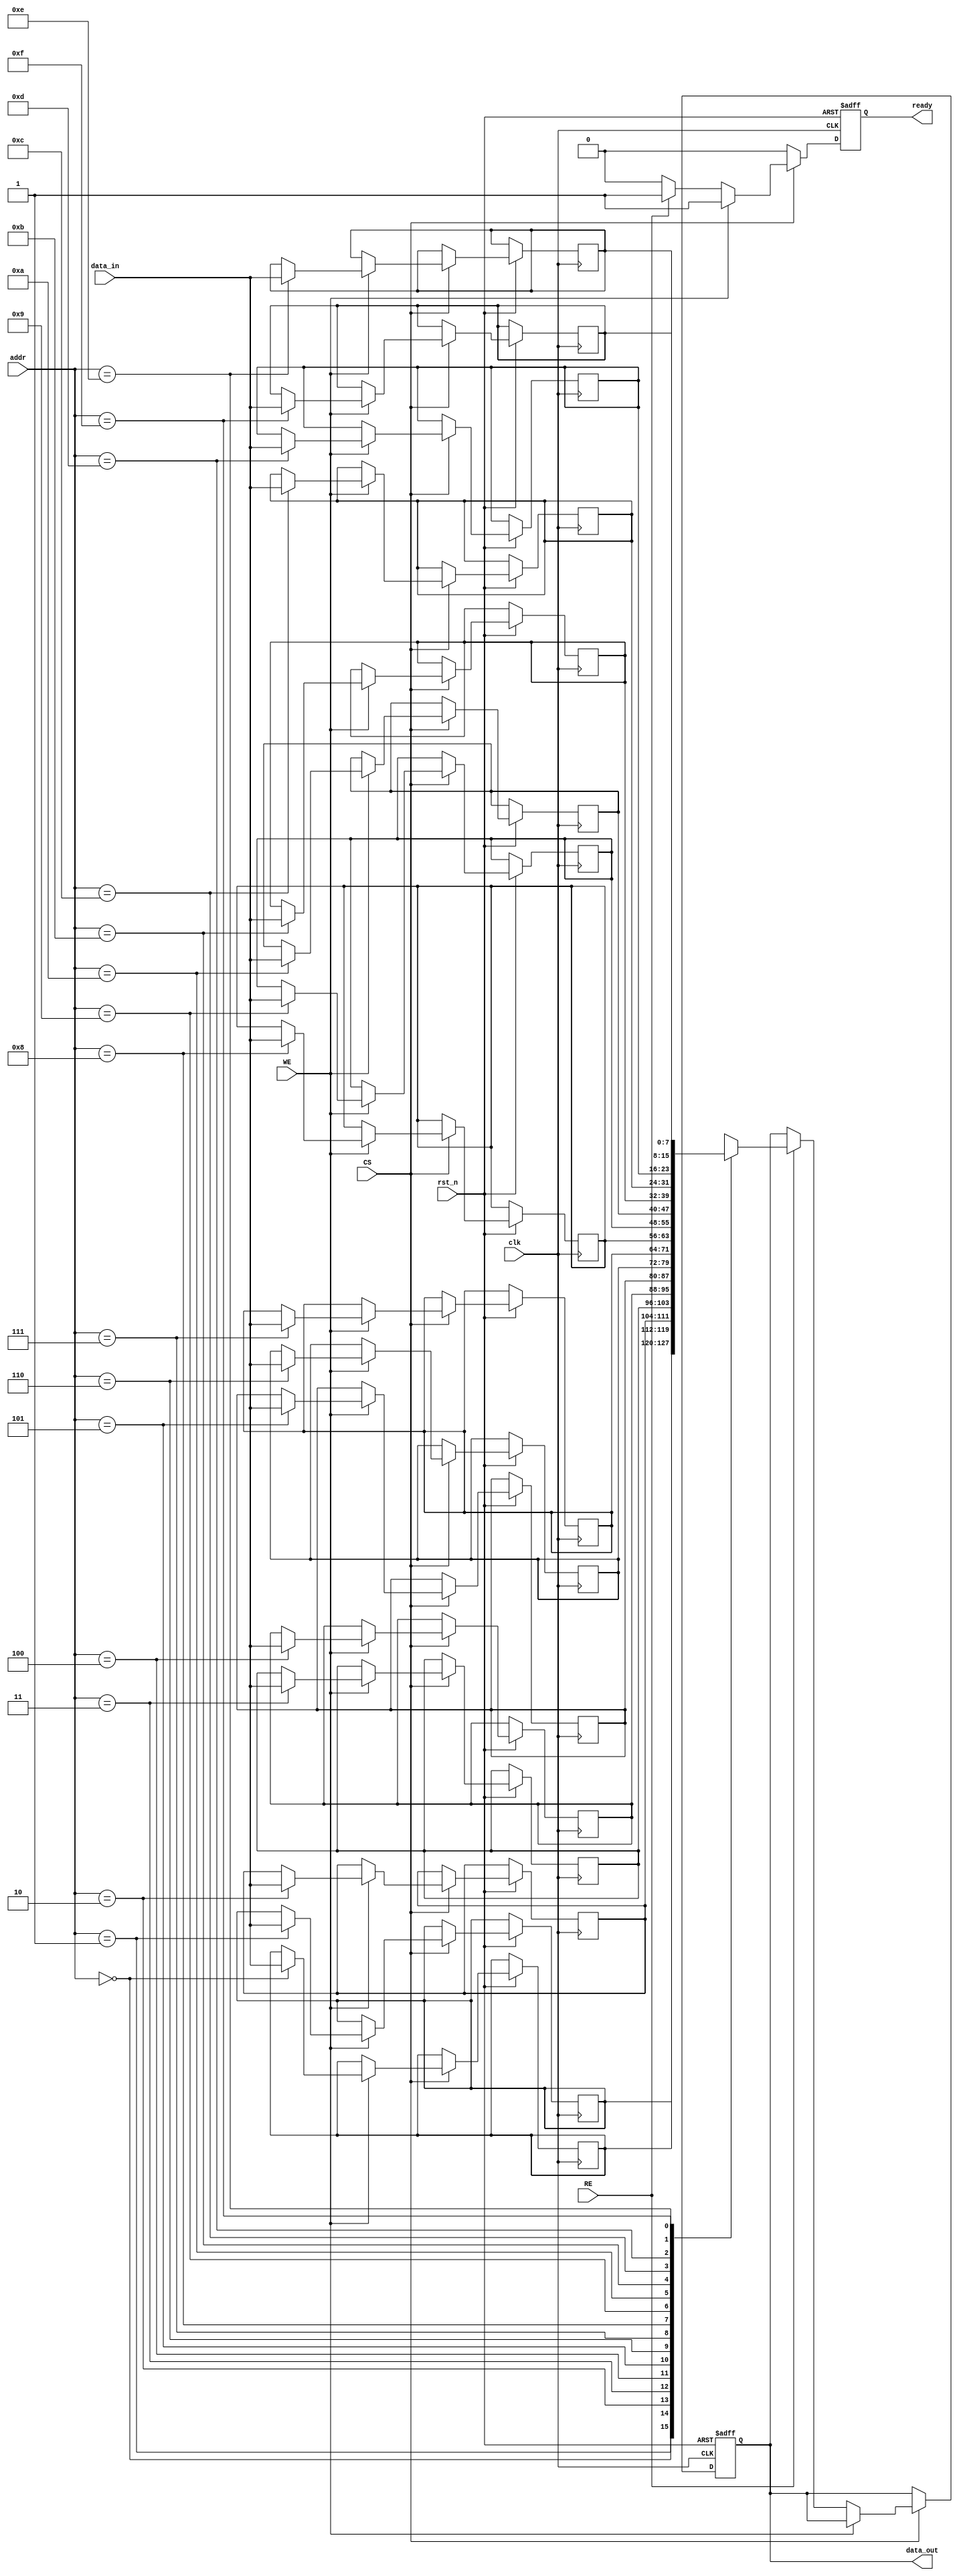
module mram_io_block (
    input wire clk,                // Clock signal
    input wire rst_n,              // Active-low reset signal
    input wire [N-1:0] data_in,    // Input data lines
    input wire [ADDR_WIDTH-1:0] addr, // Address lines
    input wire RE,                 // Read Enable
    input wire WE,                 // Write Enable
    input wire CS,                 // Chip Select
    output reg [N-1:0] data_out,   // Output data lines
    output reg ready               // Ready signal for data transfer
);

parameter N = 8;                  // Number of data bits
parameter ADDR_WIDTH = 4;        // Address width

// Internal data storage (e.g., part of the MRAM array)
reg [N-1:0] memory [(1 << ADDR_WIDTH) - 1:0]; // Memory array

// Data latch for input
reg [N-1:0] data_latch;

// State machine for read and write operations
always @(posedge clk or negedge rst_n) begin
    if (!rst_n) begin
        data_out <= 0;
        data_latch <= 0;
        ready <= 0;
    end else begin
        if (CS) begin
            if (WE) begin
                // Write Operation
                memory[addr] <= data_in; // Store data in memory
                data_latch <= data_in;    // Latch input data
                ready <= 1;               // Indicate readiness
            end else if (RE) begin
                // Read Operation
                data_out <= memory[addr]; // Read data from memory
                ready <= 1;               // Indicate readiness
            end else begin
                ready <= 0;               // No operation
            end
        end else begin
            ready <= 0;                   // Chip not selected
        end
    end
end

endmodule